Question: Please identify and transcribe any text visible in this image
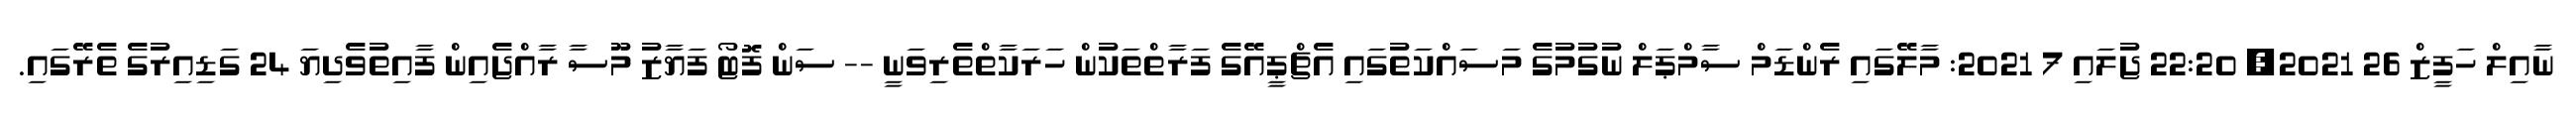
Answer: ނާއިލް ހަފީޒް 26 2021, 22:20 ޖުލައި 7 2021: މާލޭގައި ރެންޑަމް ސާމްޕަލް ނުގުމުގެ މަސައްކަތުގައި އެޗްޕީއޭގެ ފަރާތްތަކުން ހަރަކާތްތެރިވަނީ -- ސަން ފޮޓޯ ފަޔާޒު މޫސާ ރާއްޖެއިން ފާއިތުވެދިޔަ 24 ގަޑިއިރުގެ ތެރޭގައި.